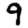
Digit: 9